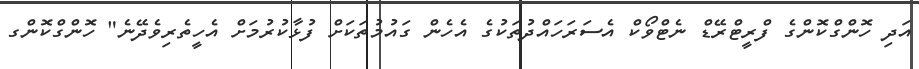
އަދި ހޮންގްކޮންގެ ފްރީޓްރޭޑް ނެޓްވޯކް އެސަރަހައްދުތަކުގެ އެހެން ގައުމުތަކަށް ފުޅާކުރުމަށް އެހީތެރިވެދޭނެ" ހޮންގްކޮންގ